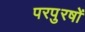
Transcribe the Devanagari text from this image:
परपुरषों